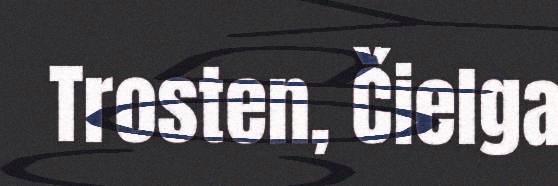
Trosten, Čielga